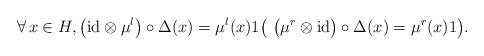
LaTeX: \begin{align*}\forall\, x \in H, \big(\mathrm{id} \otimes \mu^l\big) \circ \Delta(x) = \mu^l(x)1 \big( \ \big(\mu^r \otimes \mathrm{id}\big) \circ \Delta(x) = \mu^r(x)1\big).\end{align*}